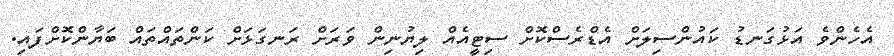
އެހެންވެ އަޅުގަނޑު ކައުންސިލަށް އެޑްރެސްކޮށް ސިޓީއެއް ލިޔުނިން ވަރަށް ރަނގަޅަށް ކަންތައްތައް ބަޔާންކޮށްފައި.